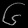
Digit: ၆